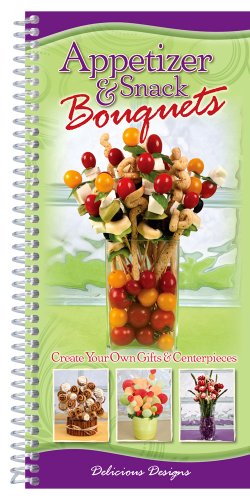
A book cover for Appetizer & Snack Bouquets; CQ Products; Cookbooks, Food & Wine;